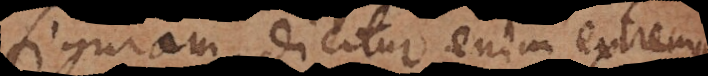
figuram. Dicitur enim extrema